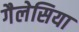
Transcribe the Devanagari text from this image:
गैलेसिया